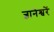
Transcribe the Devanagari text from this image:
ज्ञानेश्वरें